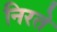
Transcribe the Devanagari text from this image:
निरते